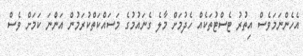
އެހެންނަމަވެސް އިތުރު ޓެސްޓުތަކެއް ހެދުމަށް މާލެ ގެނައުމުގެ މަސައްކަތްކުރަމުން އަންނަ ކަމަށް ވެސް